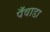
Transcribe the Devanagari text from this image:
पँवाडा